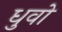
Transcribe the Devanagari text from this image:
धुवो